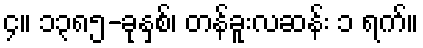
၄။ ၁၃၈၅-ခုနှစ်၊ တန်ခူးလဆန်း ၁ ရက်။